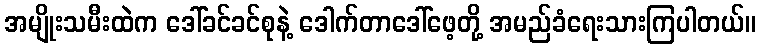
အမျိုးသမီးထဲက ဒေါ်ခင်ခင်စုနဲ့ ဒေါက်တာဒေါ်ဖေ့တို့ အမည်ခံရေးသားကြပါတယ်။